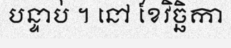
បន្ទាប់ ។ នៅ ខែវិច្ឆិកា